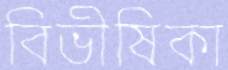
বিভীষিকা